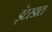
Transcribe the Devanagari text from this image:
इंटरडाटा